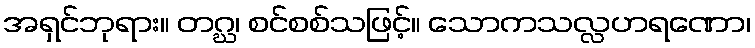
အရှင်ဘုရား။ တဂ္ဃ၊ စင်စစ်သဖြင့်။ သောကသလ္လဟရဏော၊